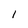
Character: 1